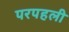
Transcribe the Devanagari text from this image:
परपहली